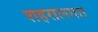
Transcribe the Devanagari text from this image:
शहरालगत